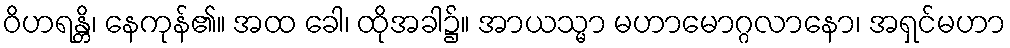
ဝိဟရန္တိ၊ နေကုန်၏။ အထ ခေါ၊ ထိုအခါ၌။ အာယသ္မာ မဟာမောဂ္ဂလာနော၊ အရှင်မဟာ